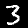
Digit: 3